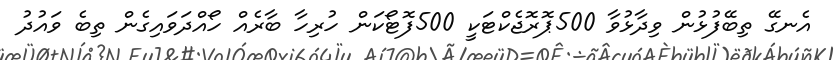
އެނގޭ ތިބޭފުޅުން ވިދާޅުވާ 500ޕޮރޮޖެކްޓަކީ 500ފޮޓޯކަން ހުރިހާ ބާރެއް ހޯއްދަވައިގެން ތިބެ ވައުދު